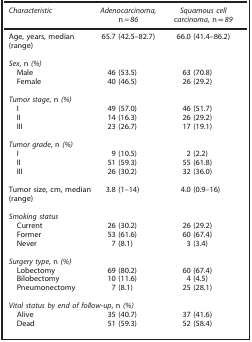
<table><thead><tr><td><b><i>Characteristic</i></b></td><td><b><i>Adenocarcinoma,</i> n<i>=86</i></b></td><td><b><i>Squamous cell carcinoma,</i> n=<i>89</i></b></td></tr></thead><tbody><tr><td>Age, years, median (range)</td><td>65.7 (42.5–82.7)</td><td>66.0 (41.4–86.2)</td></tr><tr><td> </td><td> </td><td> </td></tr><tr><td colspan="3"><i>Sex</i>, n <i>(%)</i></td></tr><tr><td> Male</td><td>46 (53.5)</td><td>63 (70.8)</td></tr><tr><td> Female</td><td>40 (46.5)</td><td>26 (29.2)</td></tr><tr><td> </td><td> </td><td> </td></tr><tr><td colspan="3"><i>Tumor stage</i>, n <i>(%)</i></td></tr><tr><td> I</td><td>49 (57.0)</td><td>46 (51.7)</td></tr><tr><td> II</td><td>14 (16.3)</td><td>26 (29.2)</td></tr><tr><td> III</td><td>23 (26.7)</td><td>17 (19.1)</td></tr><tr><td> </td><td> </td><td> </td></tr><tr><td colspan="3"><i>Tumor grade</i>, n <i>(%)</i></td></tr><tr><td> I</td><td>9 (10.5)</td><td>2 (2.2)</td></tr><tr><td> II</td><td>51 (59.3)</td><td>55 (61.8)</td></tr><tr><td> III</td><td>26 (30.2)</td><td>32 (36.0)</td></tr><tr><td> </td><td> </td><td> </td></tr><tr><td>Tumor size, cm, median (range)</td><td>3.8 (1–14)</td><td>4.0 (0.9–16)</td></tr><tr><td> </td><td> </td><td> </td></tr><tr><td colspan="3"><i>Smoking status</i></td></tr><tr><td> Current</td><td>26 (30.2)</td><td>26 (29.2)</td></tr><tr><td> Former</td><td>53 (61.6)</td><td>60 (67.4)</td></tr><tr><td> Never</td><td>7 (8.1)</td><td>3 (3.4)</td></tr><tr><td> </td><td> </td><td> </td></tr><tr><td colspan="3"><i>Surgery type</i>, n <i>(%)</i></td></tr><tr><td> Lobectomy</td><td>69 (80.2)</td><td>60 (67.4)</td></tr><tr><td> Bilobectomy</td><td>10 (11.6)</td><td>4 (4.5)</td></tr><tr><td> Pneumonectomy</td><td>7 (8.1)</td><td>25 (28.1)</td></tr><tr><td> </td><td> </td><td> </td></tr><tr><td colspan="3"><i>Vital status by end of follow-up</i>, n <i>(%)</i></td></tr><tr><td> Alive</td><td>35 (40.7)</td><td>37 (41.6)</td></tr><tr><td> Dead</td><td>51 (59.3)</td><td>52 (58.4)</td></tr></tbody></table>